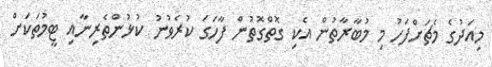
މިއަދުގެ މެޗަށްފަހު މި މުބާރާތުން އެކި ގޮތްގޮތުން ފާހަގަ ކުރެވުނު ކުޅުންތެރިނާއި ޓީމުތަކަށް